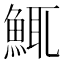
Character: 鮿